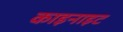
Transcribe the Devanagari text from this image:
काइनाइट